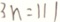
3 n = 1 1 1